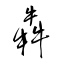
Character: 犇